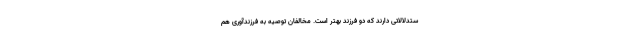
ستدلالاتی دارند که دو فرزند بهتر است. مخالفان توصیه به فرزندآوری هم